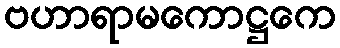
ဗဟာရာမကောဋ္ဌကေ